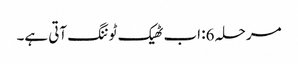
مرحلہ 6: اب ٹھیک ٹوننگ آتی ہے۔